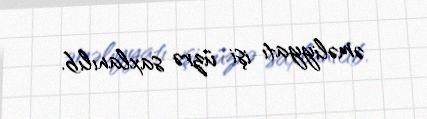
əməliyyatı işi üzrə saxlanılıb.